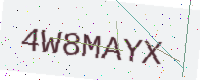
Text: 4W8MAYX